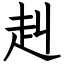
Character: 赳